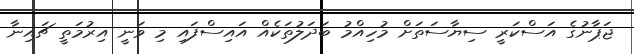
ޖަޕާނުގެ އަސްކަރީ ސިޔާސަތަށް މުހިއްމު ބަދަލުތަކެއް އައިސްފައި މި ވަނީ އިރުމަތީ ޗައިނާ